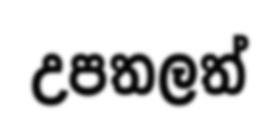
උපතලත්